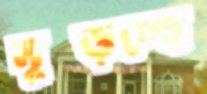
মুষ্‌ড়চ্ছে